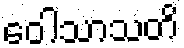
ဝေါသာသတိ